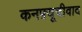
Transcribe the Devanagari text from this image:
कनफ़्यूचीवाद